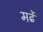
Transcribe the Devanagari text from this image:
मर्ढे